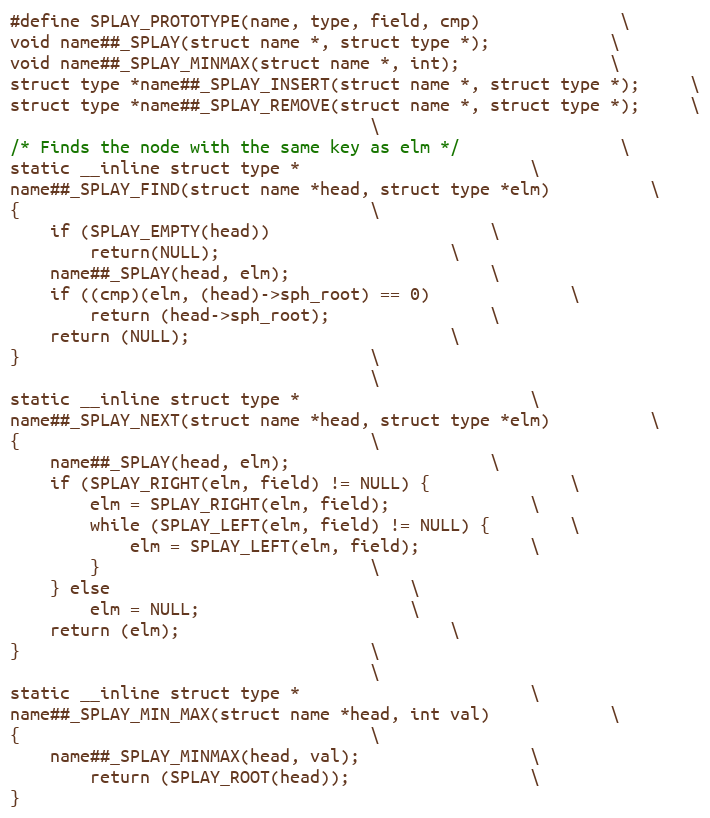
Language: C
#define SPLAY_PROTOTYPE(name, type, field, cmp)				\
void name##_SPLAY(struct name *, struct type *);			\
void name##_SPLAY_MINMAX(struct name *, int);				\
struct type *name##_SPLAY_INSERT(struct name *, struct type *);		\
struct type *name##_SPLAY_REMOVE(struct name *, struct type *);		\
									\
/* Finds the node with the same key as elm */				\
static __inline struct type *						\
name##_SPLAY_FIND(struct name *head, struct type *elm)			\
{									\
	if (SPLAY_EMPTY(head))						\
		return(NULL);						\
	name##_SPLAY(head, elm);					\
	if ((cmp)(elm, (head)->sph_root) == 0)				\
		return (head->sph_root);				\
	return (NULL);							\
}									\
									\
static __inline struct type *						\
name##_SPLAY_NEXT(struct name *head, struct type *elm)			\
{									\
	name##_SPLAY(head, elm);					\
	if (SPLAY_RIGHT(elm, field) != NULL) {				\
		elm = SPLAY_RIGHT(elm, field);				\
		while (SPLAY_LEFT(elm, field) != NULL) {		\
			elm = SPLAY_LEFT(elm, field);			\
		}							\
	} else								\
		elm = NULL;						\
	return (elm);							\
}									\
									\
static __inline struct type *						\
name##_SPLAY_MIN_MAX(struct name *head, int val)			\
{									\
	name##_SPLAY_MINMAX(head, val);					\
        return (SPLAY_ROOT(head));					\
}